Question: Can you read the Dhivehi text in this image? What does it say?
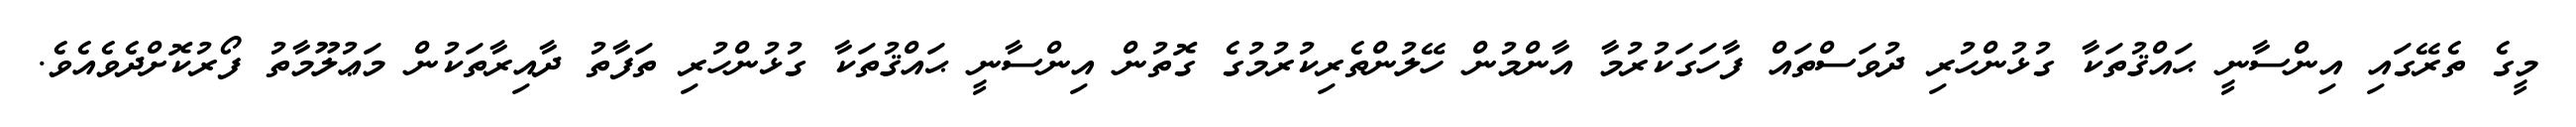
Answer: މީގެ ތެރޭގައި އިންސާނީ ޙައްޤުތަކާ ގުޅުންހުރި ދުވަސްތައް ފާހަގަކުރުމާ އާންމުން ހޭލުންތެރިކުރުމުގެ ގޮތުން އިންސާނީ ޙައްޤުތަކާ ގުޅުންހުރި ތަފާތު ދާއިރާތަކުން މަޢުލޫމާތު ފޯރުކޮށްދެވެއެވެ.